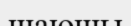
шаюшы